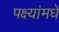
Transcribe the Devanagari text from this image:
पक्ष्यांमधे